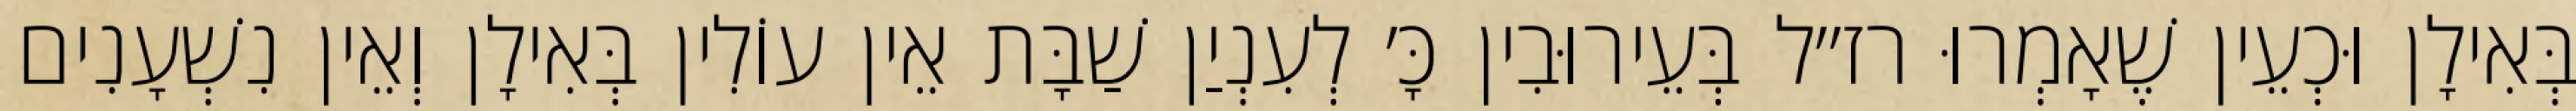
בְּאִילָן וּכְעֵין שֶׁאָמְרוּ רז״ל בְּעֵירוּבִין כָּ׳ לְעִנְיַן שַׁבָּת אֵין עוֹלִין בְּאִילָן וְאֵין נִשְׁעָנִים